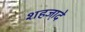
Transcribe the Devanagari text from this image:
शहजा़दे